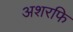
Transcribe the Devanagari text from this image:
अशरफि